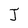
Character: J